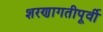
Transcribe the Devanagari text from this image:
शरणागतीपूर्वी